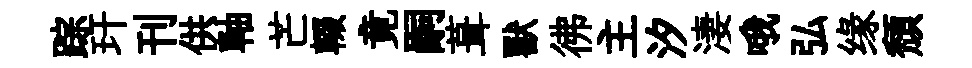
踪玕刊供軸芒輟竟嗣葺獸彿主汐淒哦弘缘頹